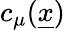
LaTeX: c_{\mu}(\underline{{x}})